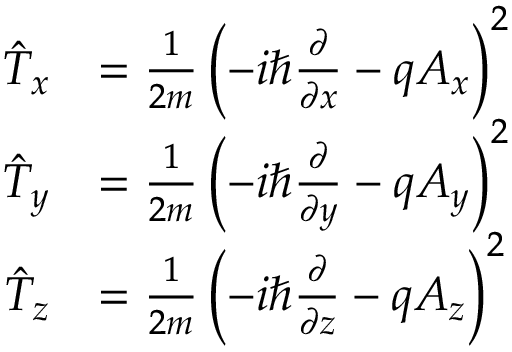
{ \begin{array} { r l } { { \hat { T } } _ { x } } & { = { \frac { 1 } { 2 m } } \left( - i \hbar { \frac { \partial } { \partial x } } - q A _ { x } \right) ^ { 2 } } \\ { { \hat { T } } _ { y } } & { = { \frac { 1 } { 2 m } } \left( - i \hbar { \frac { \partial } { \partial y } } - q A _ { y } \right) ^ { 2 } } \\ { { \hat { T } } _ { z } } & { = { \frac { 1 } { 2 m } } \left( - i \hbar { \frac { \partial } { \partial z } } - q A _ { z } \right) ^ { 2 } } \end{array} } \,